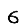
Digit: 6